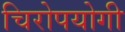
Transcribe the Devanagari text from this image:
चिरोपयोगी